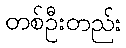
တစ်ဦးတည်း